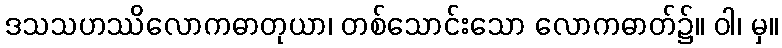
ဒသသဟဿိလောကဓာတုယာ၊ တစ်သောင်းသော လောကဓာတ်၌။ ဝါ၊ မှ။